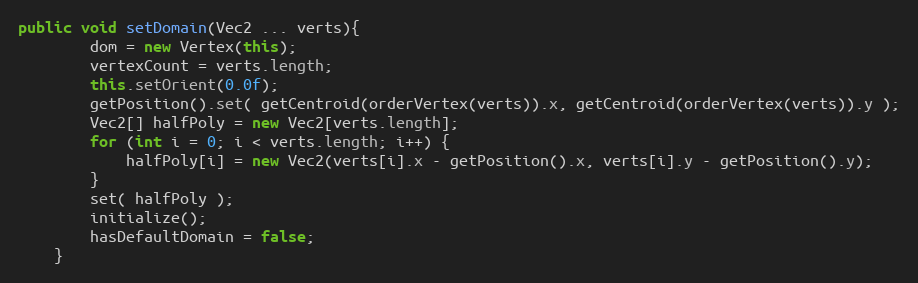
Language: Java
public void setDomain(Vec2 ... verts){
		dom = new Vertex(this);
		vertexCount = verts.length;
		this.setOrient(0.0f);
		getPosition().set( getCentroid(orderVertex(verts)).x, getCentroid(orderVertex(verts)).y );
		Vec2[] halfPoly = new Vec2[verts.length];
		for (int i = 0; i < verts.length; i++) {
			halfPoly[i] = new Vec2(verts[i].x - getPosition().x, verts[i].y - getPosition().y);
		}
		set( halfPoly );
		initialize();
		hasDefaultDomain = false;
	}